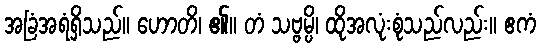
အခြံအရံရှိသည်။ ဟောတိ၊ ၏။ တံ သဗ္ဗမ္ပိ၊ ထိုအလုံးစုံသည်လည်း။ ဧကံ